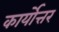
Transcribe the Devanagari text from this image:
कार्योत्तर